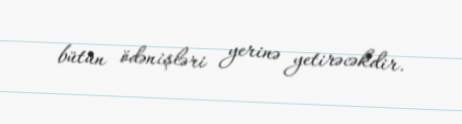
bütün ödənişləri yerinə yetirəcəkdir.